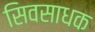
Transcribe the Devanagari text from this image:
सिवसाधक